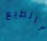
بالطبع